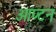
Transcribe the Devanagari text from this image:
आप्टन